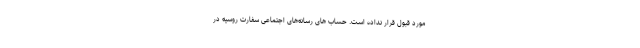
مورد قبول قرار نداده است. حساب های رسانه‌های اجتماعی سفارت روسیه در